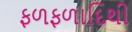
ફળફળાદિથી